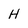
Character: H